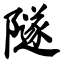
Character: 隧